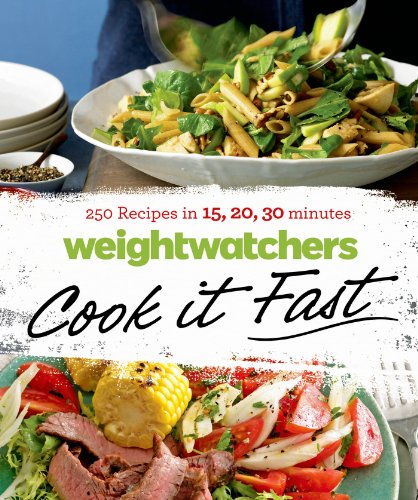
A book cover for Weight Watchers Cook it Fast: 250 Recipes in 15, 20, 30 Minutes; Weight Watchers; Cookbooks, Food & Wine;